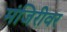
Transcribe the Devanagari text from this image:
मंजिरीवर